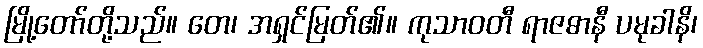
မြို့တော်တို့သည်။ တေ၊ အရှင်မြတ်၏။ ကုသာဝတီ ရာဇဓာနီ ပမုခါနိ၊